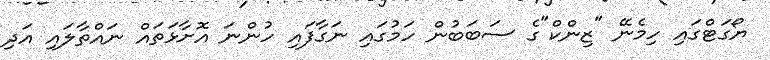
ޔޯގަޓްގައި ހިމެނޭ "ޒިންކް"ގެ ސަބަބުން ހަމުގައި ނަގާފައި ހުންނަ އޮށާޅަތައް ނައްތާލައި އަދި